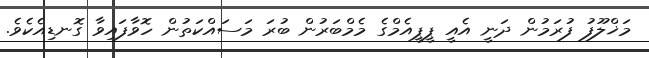
މަޚްލޫފު ފުރަމުން ދަނީ އެއީ ޕީޕީއެމްގެ މެމްބަރުން ބުރަަ މަސައްކަތުން ހޮވާފައިވާ ގޮނޑިއެކެވެ.